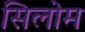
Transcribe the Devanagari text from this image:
सिलोम